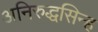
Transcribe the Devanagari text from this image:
अनिरुद्धसिन्ह